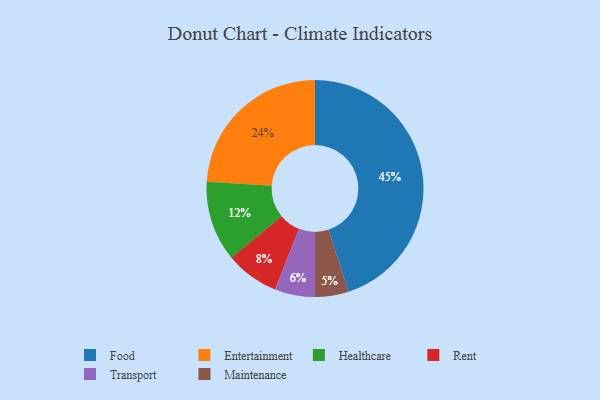
{"axis": {"x": "Category", "y": "Percentage"}, "legend": ["Entertainment", "Food", "Healthcare", "Maintenance", "Rent", "Transport"], "data": [{"x": "Transport", "y": 6, "type": "Transport"}, {"x": "Rent", "y": 8, "type": "Rent"}, {"x": "Food", "y": 45, "type": "Food"}, {"x": "Healthcare", "y": 12, "type": "Healthcare"}, {"x": "Entertainment", "y": 24, "type": "Entertainment"}, {"x": "Maintenance", "y": 5, "type": "Maintenance"}]}